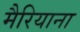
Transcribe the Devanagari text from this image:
मैरियाना